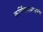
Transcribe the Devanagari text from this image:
कर्णिकमध्यसंस्थे